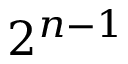
2 ^ { n - 1 }